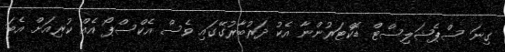
ގިނަ ސްޕެޝަލިސްޓް ޑޮކްޓަރުންނާ އެކު ދަރުބާރުގޭގައި ވެސް އެކްސްޕޯ އެއް ކުރިއަށް އެބަ